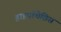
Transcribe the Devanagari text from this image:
हाइपॉथेसिस